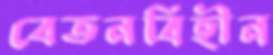
বেতনবিহীন